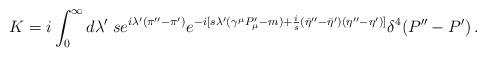
LaTeX: \begin{align*}K=i \int_0^{\infty} d\lambda'\; s e^{i\lambda'(\pi''-\pi')}e^{-i[s\lambda'(\gamma^\mu P'_\mu-m)+{i\over s}({\bar\eta}''-{\bar\eta}')(\eta ''-\eta')]}\delta^4(P''-P')\,.\end{align*}